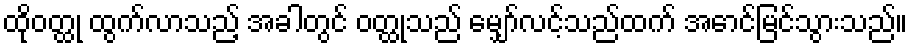
ထိုဝတ္ထု ထွက်လာသည့် အခါတွင် ဝတ္ထုသည် မျှော်လင့်သည်ထက် အောင်မြင်သွားသည်။